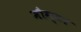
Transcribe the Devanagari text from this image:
मौग्टा